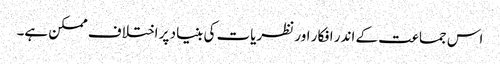
اس جماعت کے اندر افکار اور نظریات کی بنیاد پر اختلاف ممکن ہے۔